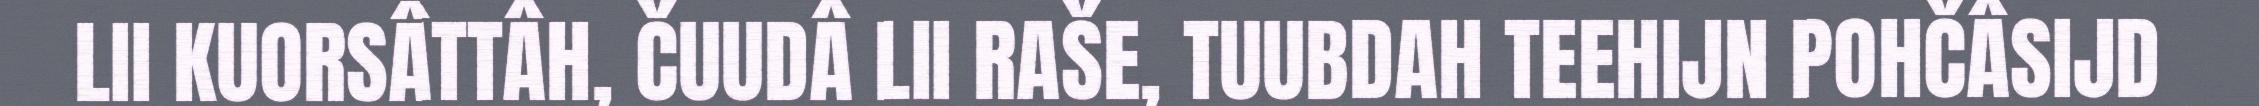
LII KUORSÂTTÂH, ČUUDÂ LII RAŠE, TUUBDAH TEEHIJN POHČÂSIJD